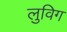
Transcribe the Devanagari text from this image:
लुविग